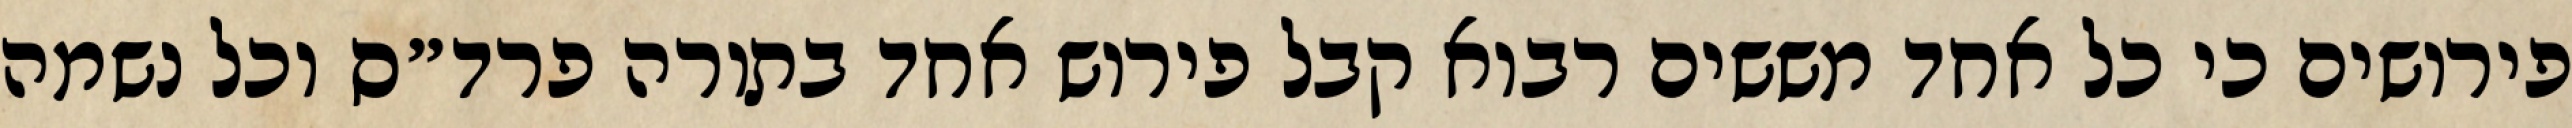
פירושים כי כל אחד מששים רבוא קבל פירוש אחד בתורה פרד״ס וכל נשמה